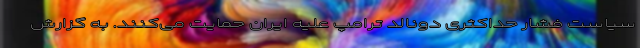
سیاست‌ فشار حداکثری دونالد ترامپ علیه ایران حمایت می‌کنند. به گزارش